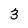
Character: 3